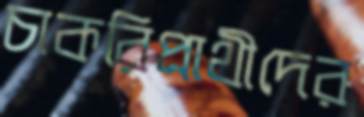
চাকরিপ্রাথীদের